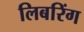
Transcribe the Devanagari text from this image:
लिबरिंग